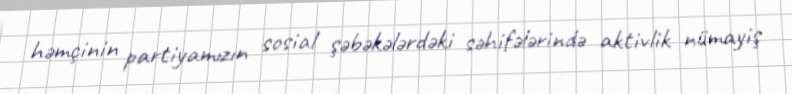
həmçinin partiyamızın sosial şəbəkələrdəki səhifələrində aktivlik nümayiş